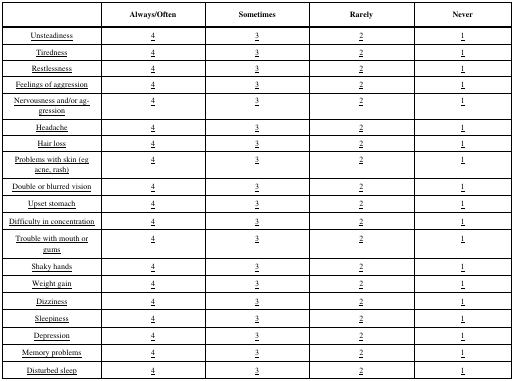
<table><thead><tr><td>[EMPTY_CELL]</td><td><b>Always/Often</b></td><td><b>Sometimes</b></td><td><b>Rarely</b></td><td><b>Never</b></td></tr></thead><tbody><tr><td><underline>Unsteadiness</underline></td><td><underline>4</underline></td><td><underline>3</underline></td><td><underline>2</underline></td><td><underline>1</underline></td></tr><tr><td><underline>Tiredness</underline></td><td><underline>4</underline></td><td><underline>3</underline></td><td><underline>2</underline></td><td><underline>1</underline></td></tr><tr><td><underline>Restlessness</underline></td><td><underline>4</underline></td><td><underline>3</underline></td><td><underline>2</underline></td><td><underline>1</underline></td></tr><tr><td><underline>Feelings of aggression</underline></td><td><underline>4</underline></td><td><underline>3</underline></td><td><underline>2</underline></td><td><underline>1</underline></td></tr><tr><td><underline>Nervousness and/or aggression</underline></td><td><underline>4</underline></td><td><underline>3</underline></td><td><underline>2</underline></td><td><underline>1</underline></td></tr><tr><td><underline>Headache</underline></td><td><underline>4</underline></td><td><underline>3</underline></td><td><underline>2</underline></td><td><underline>1</underline></td></tr><tr><td><underline>Hair loss</underline></td><td><underline>4</underline></td><td><underline>3</underline></td><td><underline>2</underline></td><td><underline>1</underline></td></tr><tr><td><underline>Problems with skin (eg acne, rash)</underline></td><td><underline>4</underline></td><td><underline>3</underline></td><td><underline>2</underline></td><td><underline>1</underline></td></tr><tr><td><underline>Double or blurred vision</underline></td><td><underline>4</underline></td><td><underline>3</underline></td><td><underline>2</underline></td><td><underline>1</underline></td></tr><tr><td><underline>Upset stomach</underline></td><td><underline>4</underline></td><td><underline>3</underline></td><td><underline>2</underline></td><td><underline>1</underline></td></tr><tr><td><underline>Difficulty in concentration</underline></td><td><underline>4</underline></td><td><underline>3</underline></td><td><underline>2</underline></td><td><underline>1</underline></td></tr><tr><td><underline>Trouble with mouth or gums</underline></td><td><underline>4</underline></td><td><underline>3</underline></td><td><underline>2</underline></td><td><underline>1</underline></td></tr><tr><td><underline>Shaky hands</underline></td><td><underline>4</underline></td><td><underline>3</underline></td><td><underline>2</underline></td><td><underline>1</underline></td></tr><tr><td><underline>Weight gain</underline></td><td><underline>4</underline></td><td><underline>3</underline></td><td><underline>2</underline></td><td><underline>1</underline></td></tr><tr><td><underline>Dizziness</underline></td><td><underline>4</underline></td><td><underline>3</underline></td><td><underline>2</underline></td><td><underline>1</underline></td></tr><tr><td><underline>Sleepiness</underline></td><td><underline>4</underline></td><td><underline>3</underline></td><td><underline>2</underline></td><td><underline>1</underline></td></tr><tr><td><underline>Depression</underline></td><td><underline>4</underline></td><td><underline>3</underline></td><td><underline>2</underline></td><td><underline>1</underline></td></tr><tr><td><underline>Memory problems</underline></td><td><underline>4</underline></td><td><underline>3</underline></td><td><underline>2</underline></td><td><underline>1</underline></td></tr><tr><td><underline>Disturbed sleep</underline></td><td><underline>4</underline></td><td><underline>3</underline></td><td><underline>2</underline></td><td><underline>1</underline></td></tr></tbody></table>